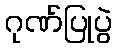
ဂုဏ်ပြုပွဲ